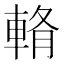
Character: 𨌖